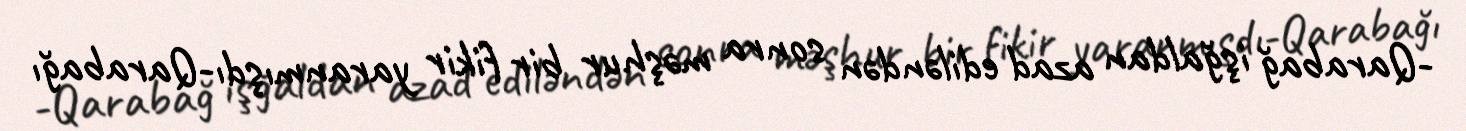
-Qarabağ işğaldan azad ediləndən sonra məşhur bir fikir yaranmışdı-Qarabağı